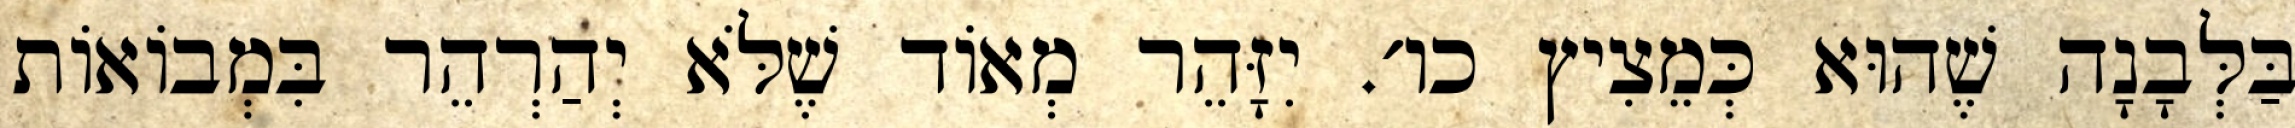
בַּלְּבָנָה שֶׁהוּא כְּמֵצִיץ כו׳. יִזָּהֵר מְאוֹד שֶׁלֹּא יְהַרְהֵר בִּמְבוֹאוֹת